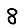
Digit: 8